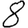
Digit: 8